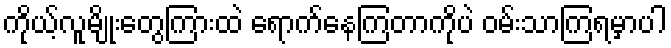
ကိုယ့်လူမျိုးတွေကြားထဲ ရောက်နေကြတာကိုပဲ ဝမ်းသာကြရမှာပါ